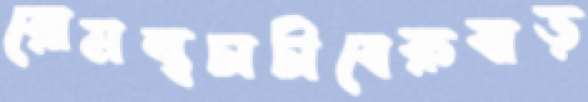
রোমন্থচাচীবেরুবাড়